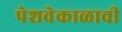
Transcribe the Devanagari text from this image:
पेशवेकाळाची